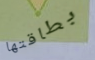
بطاقتها